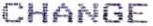
CHANGE